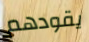
يقودهم